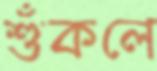
শুঁকলে